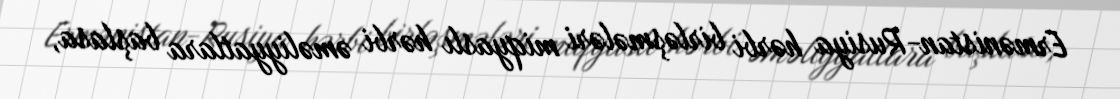
Ermənistan-Rusiya hərbi birləşmələri miqyaslı hərbi əməliyyatlara başlasa,